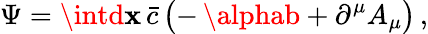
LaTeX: \Psi=\intd\mathbf{x}\, \bar{{c}}\, \bigl(-\, \alphab+\partial^{\mu}A_{\mu}\bigr)\, ,